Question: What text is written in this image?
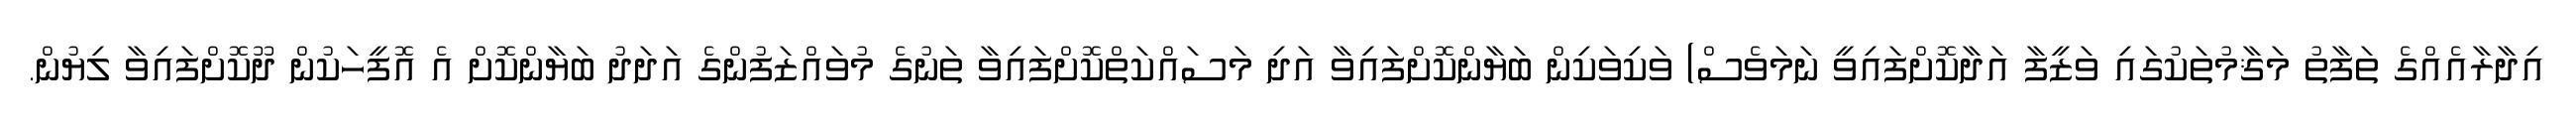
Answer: އިދާރާއެއްގެ ތަފާތު މަޤާމުތަކުގައި ވަޒީފާ އަދާކޮށްފައިވީ ނަމަވެސް) ވަކިވަކިން ބަޔާންކޮށްފައިވާ އަދި މަސައްކަތްކޮށްފައިވާ ތަނުގެ މުވައްޒަފުންގެ އަދަދު ބަޔާންކޮށް އެ އޮފީހަކުން ދޫކޮށްފައިވާ ލިޔުން.